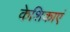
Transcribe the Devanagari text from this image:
केशिकाएं